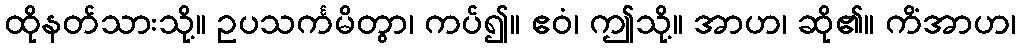
ထိုနတ်သားသို့။ ဥပသင်္ကမိတွာ၊ ကပ်၍။ ဧဝံ၊ ဤသို့။ အာဟ၊ ဆို၏။ ကိံအာဟ၊